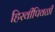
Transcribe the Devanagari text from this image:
हिरवीपिवळी